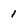
Character: 1